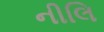
નીલિ